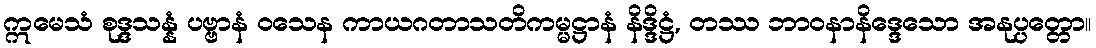
ဣမေသံ စုဒ္ဒသန္နံ ပဗ္ဗာနံ ဝသေန ကာယဂတာသတိကမ္မဋ္ဌာနံ နိဒ္ဒိဋ္ဌံ, တဿ ဘာဝနာနိဒ္ဒေသော အနုပ္ပတ္တော။